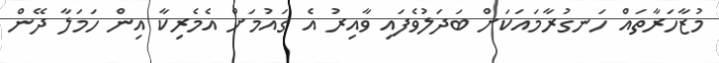
މުޒާހަރާތައް ހަނގުރާމައަކަށް ބަދަލުވެފައި ވާއިރު އެ ގައުމަށް އެމެރިކާ އިން ހަމަލާ ދޭން